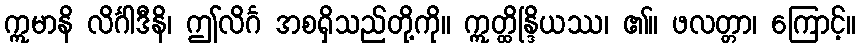
ဣမာနိ လိင်္ဂါဒီနိ၊ ဤလိင်္ဂ အစရှိသည်တို့ကို။ ဣတ္ထိန္ဒြိယဿ၊ ၏။ ဖလတ္တာ၊ ကြောင့်။